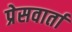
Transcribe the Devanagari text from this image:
प्रेसवार्ता